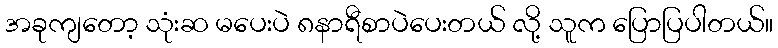
အခုကျတော့ သုံးဆ မပေးပဲ ၈နာရီစာပဲပေးတယ် လို့ သူက ပြောပြပါတယ်။